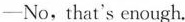
—No, that's enough.